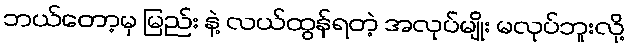
ဘယ်တော့မှ မြည်း နဲ့ လယ်ထွန်ရတဲ့ အလုပ်မျိုး မလုပ်ဘူးလို့